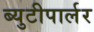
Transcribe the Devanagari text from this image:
ब्युटीपार्लर